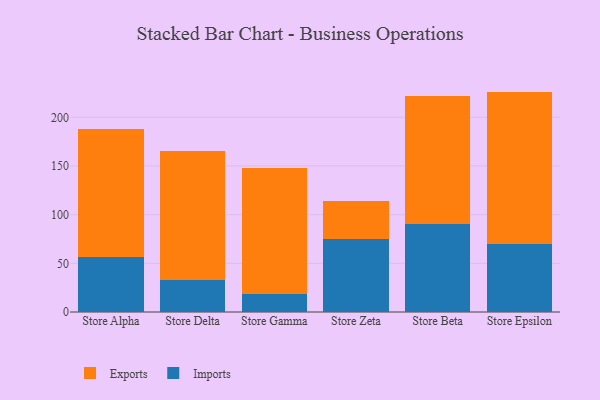
{"axis": {"x": "Store", "y": "Inventory Turnover"}, "legend": ["Exports", "Imports"], "data": [{"x": "Store Alpha", "y": 56.8, "type": "Imports"}, {"x": "Store Alpha", "y": 131.2, "type": "Exports"}, {"x": "Store Delta", "y": 32.4, "type": "Imports"}, {"x": "Store Delta", "y": 132.8, "type": "Exports"}, {"x": "Store Gamma", "y": 18.1, "type": "Imports"}, {"x": "Store Gamma", "y": 130.1, "type": "Exports"}, {"x": "Store Zeta", "y": 75.5, "type": "Imports"}, {"x": "Store Zeta", "y": 38.5, "type": "Exports"}, {"x": "Store Beta", "y": 90.0, "type": "Imports"}, {"x": "Store Beta", "y": 132.1, "type": "Exports"}, {"x": "Store Epsilon", "y": 69.6, "type": "Imports"}, {"x": "Store Epsilon", "y": 156.8, "type": "Exports"}]}